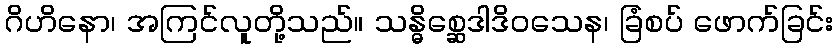
ဂိဟိနော၊ အကြင်လူတို့သည်။ သန္ဓိစ္ဆေဒါဒိဝသေန၊ ခြံစပ် ဖောက်ခြင်း